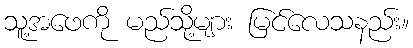
သူ့အဖေကို မည်သို့များ မြင်လေသနည်း။